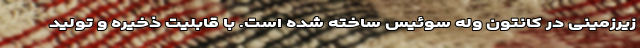
زیرزمینی در کانتون وله سوئیس ساخته شده است. با قابلیت ذخیره و تولید